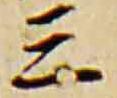
三